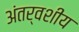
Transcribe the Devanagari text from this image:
अंतर्वशीय